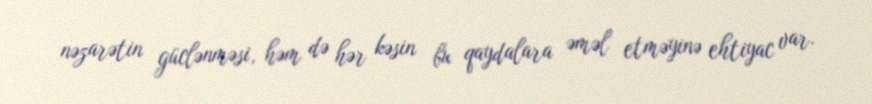
nəzarətin güclənməsi, həm də hər kəsin bu qaydalara əməl etməyinə ehtiyac var.